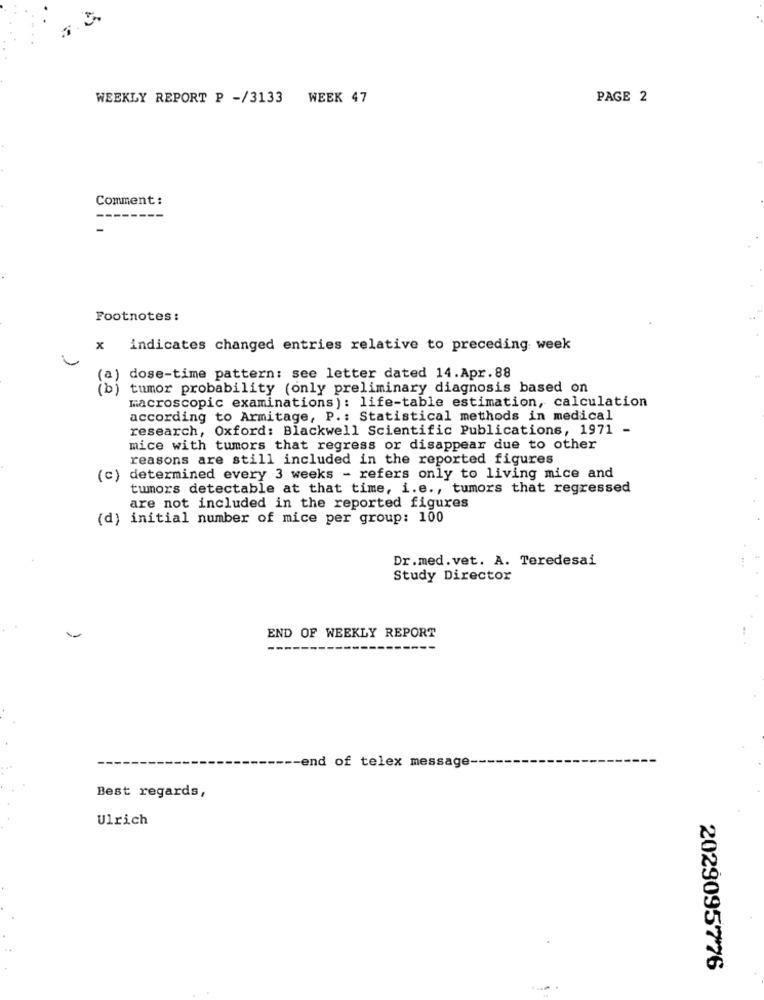
WEEKLY REPORT P -/3133 WEEK 47
PAGE 2
Comment :
---
Footnotes :
x
indicates changed entries relative to preceding week
(a) dose-time pattern: see letter dated 14.Apr.88
(b) tumor probability (only preliminary diagnosis based on
macroscopic examinations): life-table estimation, calculation
according to Armitage, P .: Statistical methods in medical
research, Oxford: Blackwell Scientific Publications, 1971 -
mice with tumors that regress or disappear due to other
reasons are still included in the reported figures
(c) determined every 3 weeks - refers only to living mice and
tumors detectable at that time, i.e ., tumors that regressed
are not included in the reported figures
(d) initial number of mice per group: 100
Dr.med.vet. A. Teredesai
Study Director
END OF WEEKLY REPORT
-end of telex message-
Best regards,
Ulrich
2029095776